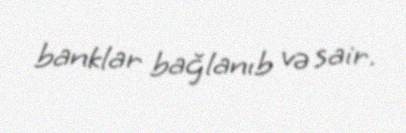
banklar bağlanıb və sair.